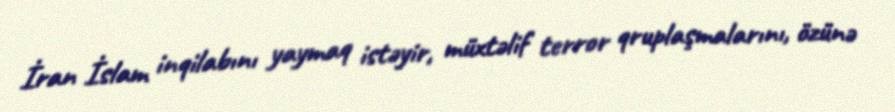
İran İslam inqilabını yaymaq istəyir, müxtəlif terror qruplaşmalarını, özünə